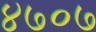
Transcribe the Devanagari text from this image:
४७०७